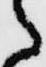
々